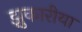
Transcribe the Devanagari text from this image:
झुकारीया